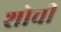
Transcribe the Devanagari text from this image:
शोची